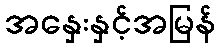
အနှေးနှင့်အမြန်